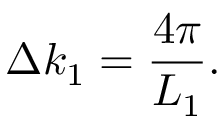
{ \Delta } k _ { 1 } = \frac { 4 \pi } { L _ { 1 } } .